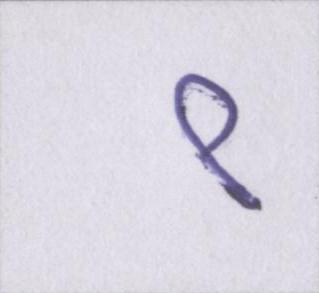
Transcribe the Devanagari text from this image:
९